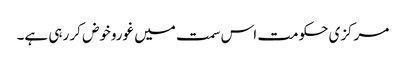
مرکزی حکومت اس سمت میں غوروخوض کر رہی ہے۔